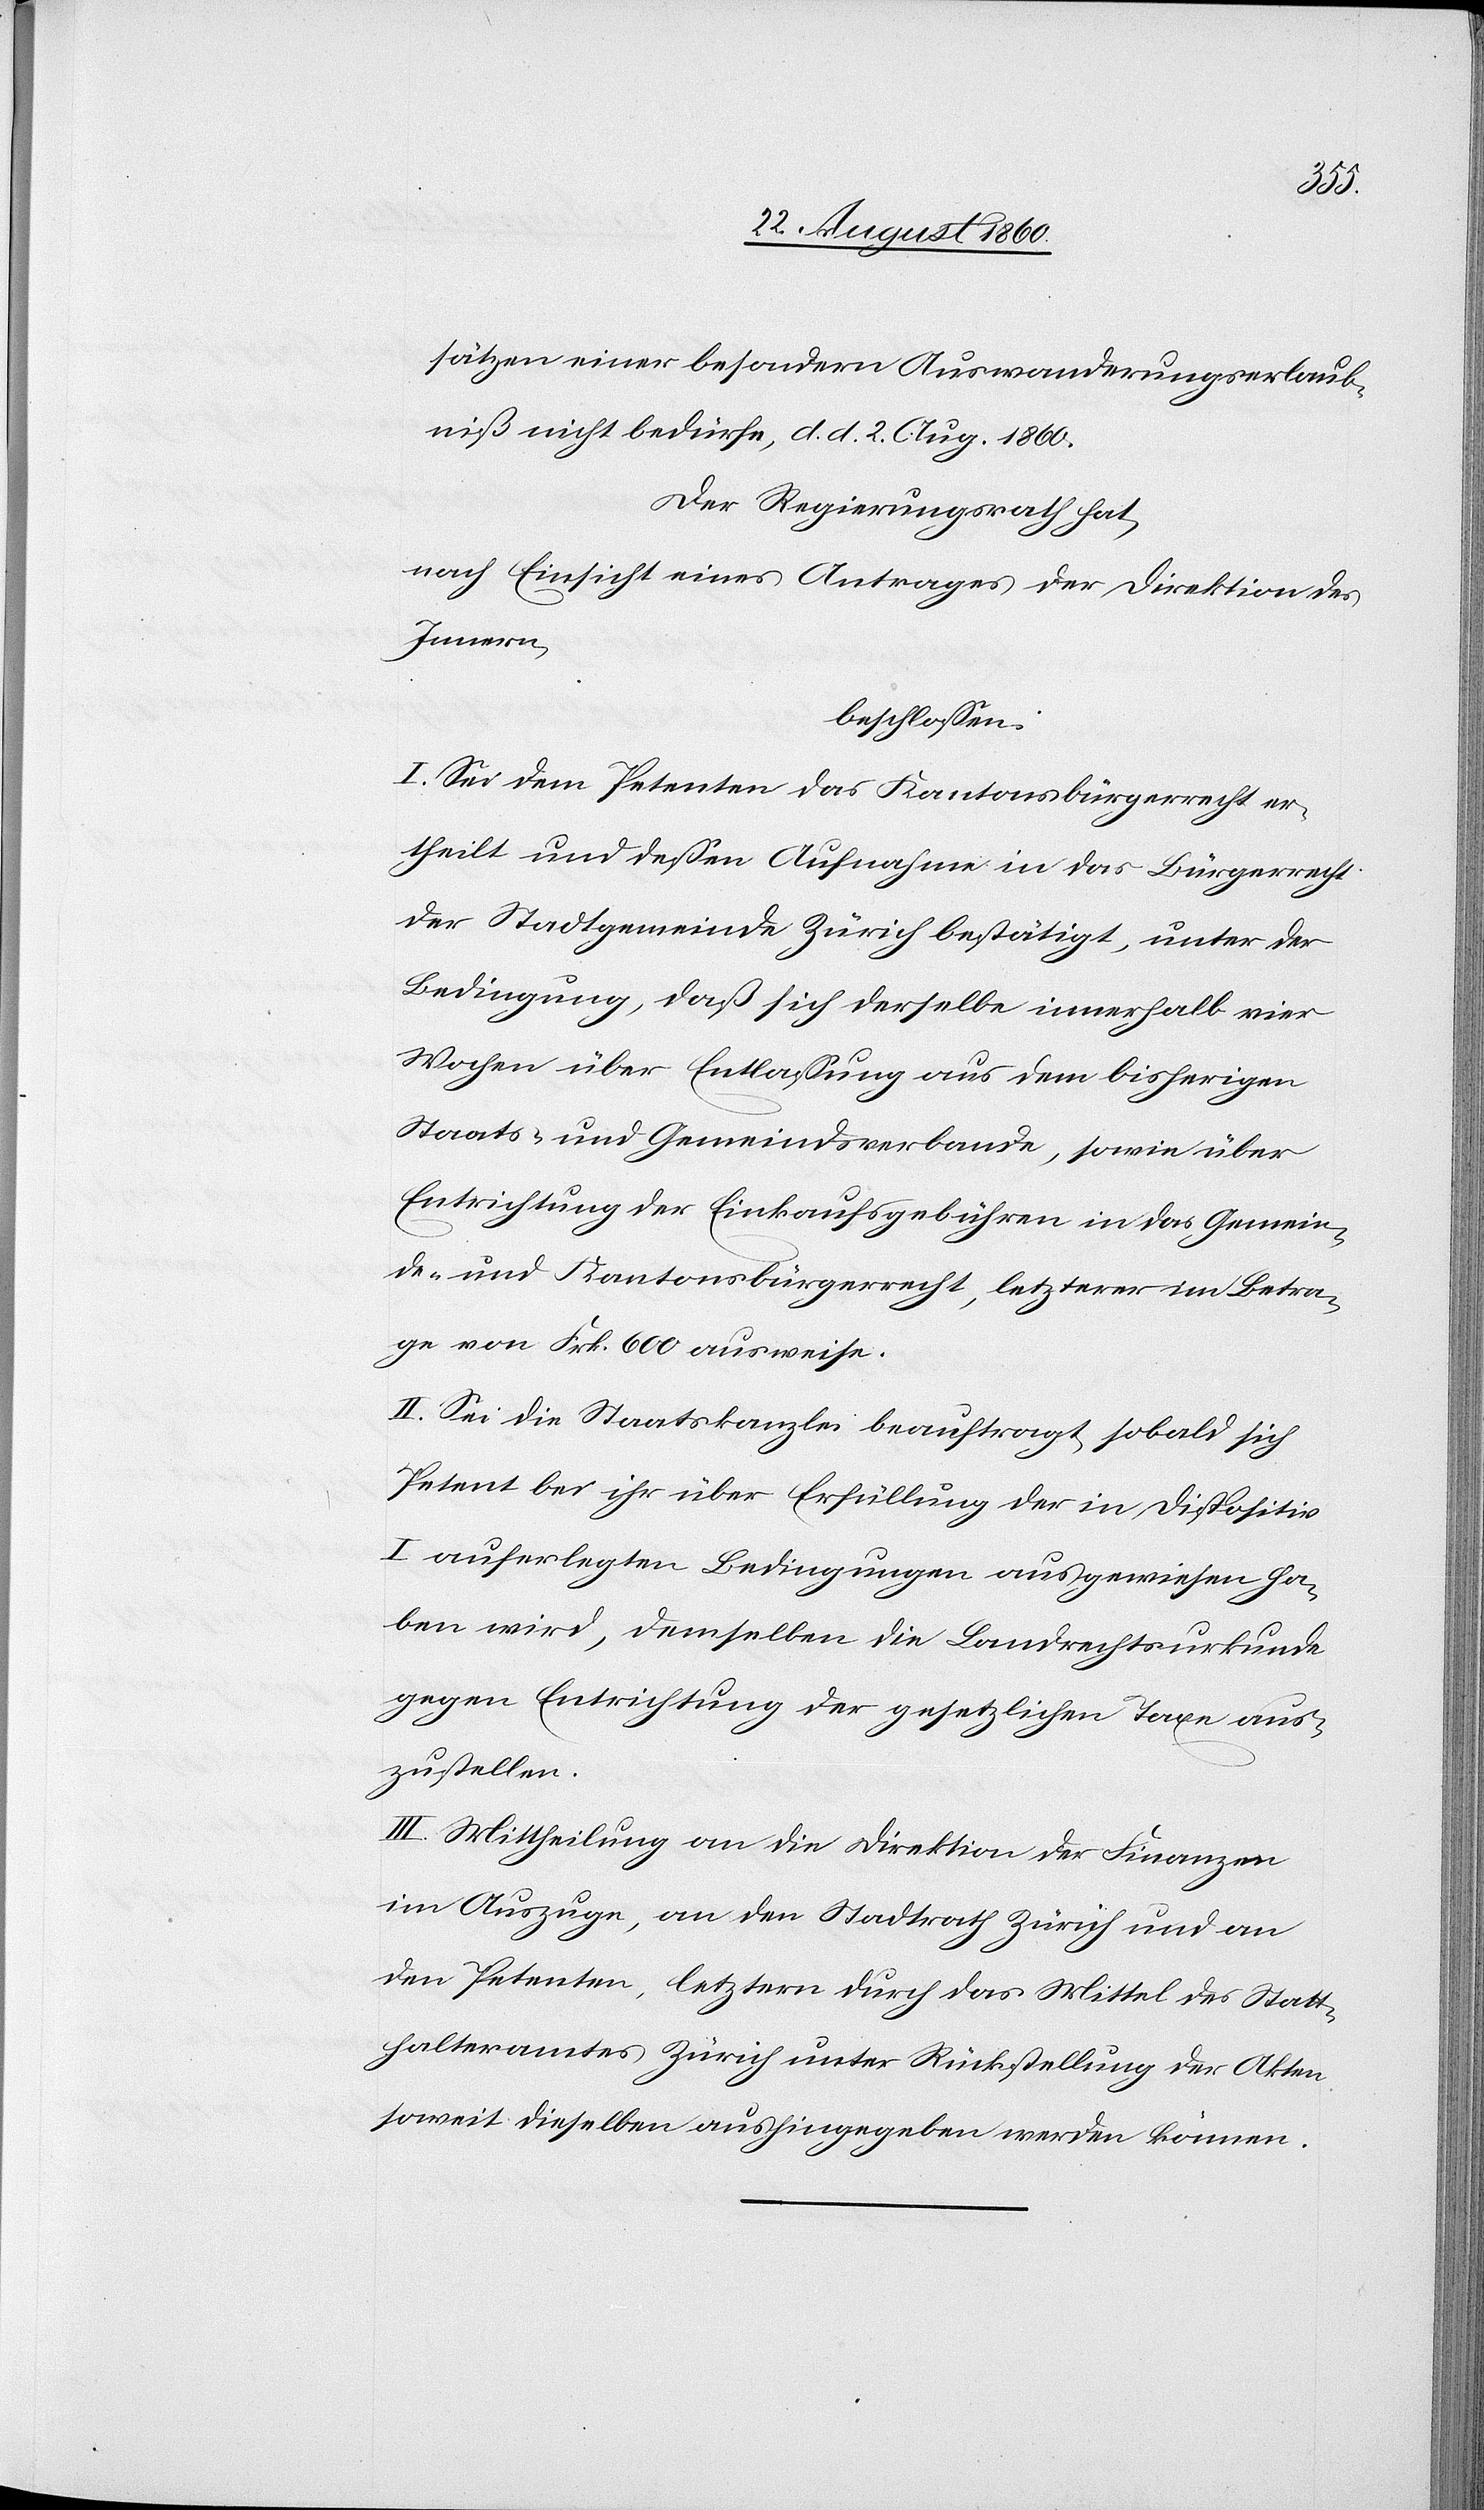
sätzen einer besondern Auswanderungserlaub¬
niss nicht bedürfe, d. d. 2. August 1860;
Der Regierungsrath hat,
nach Einsicht eines Antrages der Direktion des
Innern,
beschlossen:
I. Sei dem Petenten das Kantonsbürgerrecht er¬
theilt, und dessen Aufnahme in das Bürgerrecht
der Stadtgemeinde Zürich bestätigt, unter der
Bedingung, dass sich derselbe innerhalb 4
Wochen über Entlassung aus dem bisherigen
Staats- u. Gemeindsverbande, sowie über
Entrichtung der Einkaufsgebühren in das Gemein¬
de- u. Kantonsbürgerrecht, letzterer im Betra¬
g von Frk. 600 ausweise.
II. Sei die Staatskanzlei beauftragt, sobald sich
Petent bei ihr über die Erfüllung der in Disp.
I. auferlegten Bedingungen ausgewiesen ha¬
ben wird, demselben die Landrechtsurkunde
gegen Entrichtung der gesetzlichen Taxe aus¬
zustellen.
III. Mittheilung an die Direktion der Finanzen
im Auszuge, an den Stadtrath Zürich und an
den Petenten, letztern durch das Mittel des Statt¬
halteramtes Zürich unter Rückstellung der Akten,
soweit dieselben aushingegeben werden können.